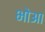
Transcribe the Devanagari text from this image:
भोआ